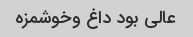
عالی بود داغ وخوشمزه